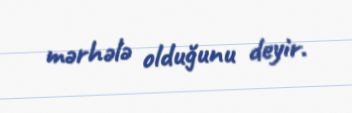
mərhələ olduğunu deyir.